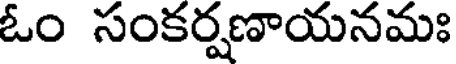
ఓం సంకర్షణాయనమః